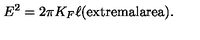
E ^ { 2 } = 2 \pi K _ { F } \ell \mathrm { ( e x t r e m a l a r e a ) } .